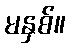
မနှစ်။